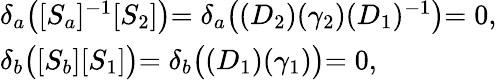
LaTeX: \left.\begin{array}{l}{{\delta_{a}\bigl([S_{a}]^{-1}[S_{2}]\bigl)=\delta_{a}\bigl((D_{2})(\gamma_{2})(D_{1})^{-1}\bigl)=0,}}\\ {{\delta_{b}\bigl([S_{b}][S_{1}]\bigl)=\delta_{b}\bigl((D_{1})(\gamma_{1})\bigl)=0,}}\end{array}\right.